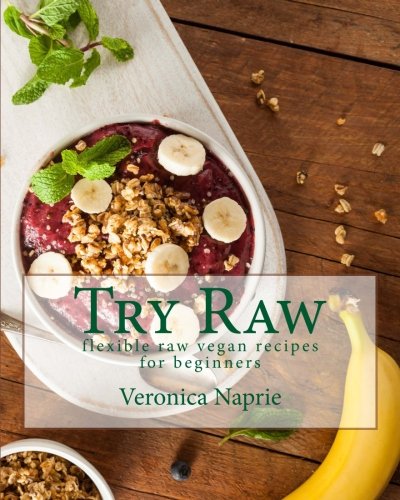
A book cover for Try Raw: Flexible Raw Vegan Recipes for Beginners; Veronica Naprie; Health, Fitness & Dieting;